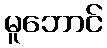
မူဘောင်